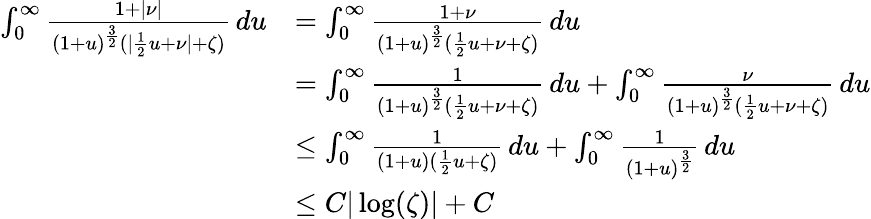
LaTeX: \begin{array}{rl}{\int_{0}^{\infty}\frac{1+|\nu|}{(1+u)^{\frac{3}{2}}(|\frac{1}{2}u+\nu|+\zeta)}\, du}&{=\int_{0}^{\infty}\frac{1+\nu}{(1+u)^{\frac{3}{2}}(\frac{1}{2}u+\nu+\zeta)}\, du}\\ &{=\int_{0}^{\infty}\frac{1}{(1+u)^{\frac{3}{2}}(\frac{1}{2}u+\nu+\zeta)}\, du+\int_{0}^{\infty}\frac{\nu}{(1+u)^{\frac{3}{2}}(\frac{1}{2}u+\nu+\zeta)}\, du}\\ &{\leq\int_{0}^{\infty}\frac{1}{(1+u)(\frac{1}{2}u+\zeta)}\, du+\int_{0}^{\infty}\frac{1}{(1+u)^{\frac{3}{2}}}\, du}\\ &{\leq C|\log(\zeta)|+C}\end{array}